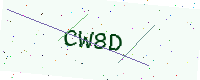
Text: CW8D